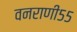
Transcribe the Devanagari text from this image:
वनराणी५५